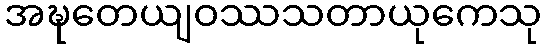
အဍ္ဎတေယျဝဿသတာယုကေသု